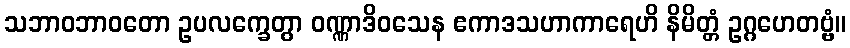
သဘာဝဘာဝတော ဥပလက္ခေတွာ ဝဏ္ဏာဒိဝသေန ဧကာဒသဟာကာရေဟိ နိမိတ္တံ ဥဂ္ဂဟေတဗ္ဗံ။